Civil Veterinary Department. Madras. Admin. report 1910-25 - 1910-1925
Year: 1910
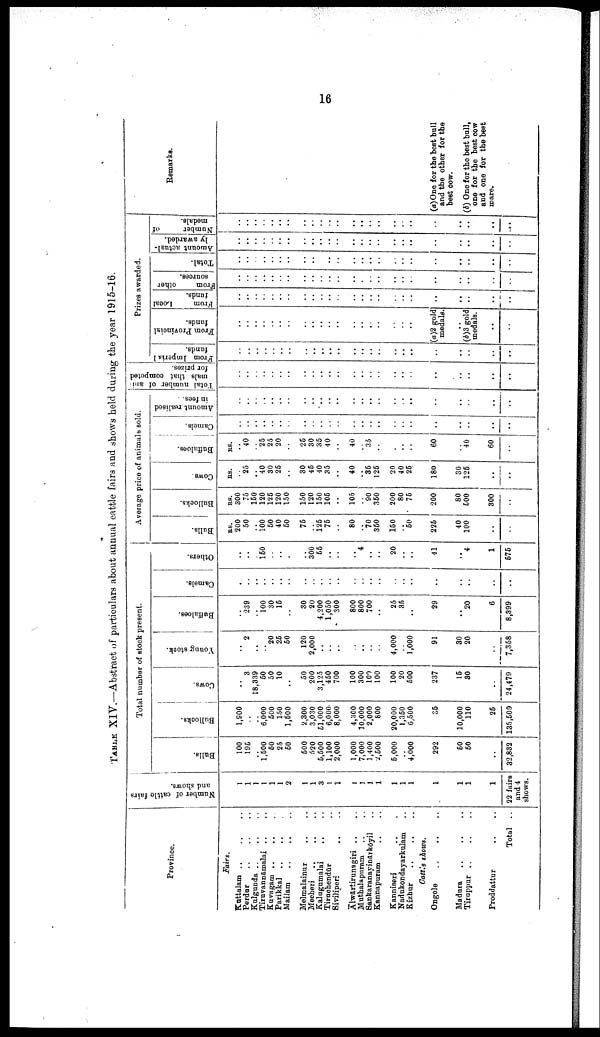
16
TABLE XIV.—Abstract of particulars about annual cattle fairs and shows held during the year 1915-16.
Province.
Fairs.
Kuttalam
..
..
..
Perdur .. .. ..
Kalganda .. .. ..
Tiruvannāmalai .. ..
Kuvagam ..
.. ..
Parikkal .. ..
Mailam
..
..
..
Melmalainur .. ..
Mecheri
..
..
..
Kalugamalai .. ..
Tiruchendūr ..
Siviliperi .. ..
Alwārtirunagiri .. ..
Muthalapuram .. ..
Sankaranayinārkōyil ..
Kannapuram .. ..
Kanniseri .. .
Nadukondayarkulam ..
Kizhur .. .. ..
Cattle shows.
Ongole .. .. ..
Madura .. .. ..
Tiruppur
..
..
..
Proddattur .. ..
Total ..
Number of cattle fairs
and shows.
1
1
1
1
1
1
2
1
1
3
1
1
1
1
1
1
1
1
1
1
1
1
1
22 fairs
and 4
shows.
Total number of stock present.
Balls.
100
195
..
1,500
50
25
50
500
520
5,500
1,100
2,000
1,000
7,000
1,400
2,500
5,000
..
4,000
292
50
50
..
32,832
Bullocks.
1,900
..
..
6,000
500
150
1,500
2,300
3,030
51,000
6,000
8,000
4,300
10,000
2,000
800
20,000
1,350
6,500
35
10,000
110
25
135,500
Cows.
..
3
18,839
50
50
10
..
50
200
3,125
450
700
100
300
100
100
100
20
500
237
15
80
..
24,479
Young stock.
..
2
..
..
20
25
50
120
2,000
..
..
..
..
..
..
..
4,000
..
1,000
91
80
20
..
7,358
Baffaloes.
..
239
..
100
30
15
..
30
20
4,200
1,050
300
800
800
700
..
25
35
..
29
..
20
6
8,399
Camels.
.
..
..
..
..
..
..
..
..
..
..
..
..
..
..
..
..
..
..
..
..
..
..
..
Others.
..
..
..
150
..
..
.
..
300
55
..
..
..
4
..
20
..
..
41
..
4
1
575
Average price of animals sold.
Bulls.
RS.
200
50
..
100
50
40
50
75
..
125
75
..
80
..
70
350
150
..
50
225
40
100
..
..
Bullocks.
RS.
300
75
150
120
125
120
150
150
120
150
105
..
105
90
350
200
80
75
200
80
500
300
..
Cows.
RS.
..
25
..
40
30
25
..
30
45
40
35
..
40
35
125
20
40
25
180
30
125
..
..
Baffaloes.
RS.
..
40
25
25
20
..
25
30
35
40
..
40
35
..
.
..
..
60
..
40
60
..
Camels.
..
..
..
..
..
..
..
..
..
..
..
..
..
..
..
..
..
..
..
..
..
..
..
..
Amount realised
in fees.
..
..
..
..
..
..
..
..
..
..
..
..
..
..
..
..
..
..
..
..
..
..
..
..
Total number of ani
mals that competed
for prizes.
..
..
..
..
..
..
..
..
..
..
..
..
..
..
..
..
..
..
..
..
..
..
..
..
Prizes awarded.
From Imperial
funds.
..
..
..
..
..
..
..
..
..
..
..
..
..
..
..
..
..
..
..
..
..
..
..
..
From Provincial
funds.
..
..
..
..
..
..
..
..
..
..
..
..
..
..
..
..
..
..
..
(a)2 gold
medals.
(b)3 gold
medals.
..
..
From
Local
funds.
..
..
..
..
..
..
..
..
..
..
..
..
..
..
..
..
..
..
..
..
..
..
..
..
From
other
sources.
..
..
..
..
..
..
..
..
..
..
..
..
..
..
..
..
..
..
..
..
..
..
..
..
Total.
..
..
..
..
..
..
..
..
..
..
..
..
..
..
..
..
..
..
..
..
..
..
..
..
Amount actual
ly awarded.
..
..
..
..
..
..
..
..
..
..
..
..
..
..
..
..
..
..
..
..
..
..
..
..
Number
of
medals.
..
..
..
..
..
..
..
..
..
..
..
..
..
..
..
..
..
..
..
..
..
..
..
..
Remarks.
(a)One for the best bull
and the other for the
best cow.
(b) One for the best bull,
one for the best cow
and one for the best
mare.